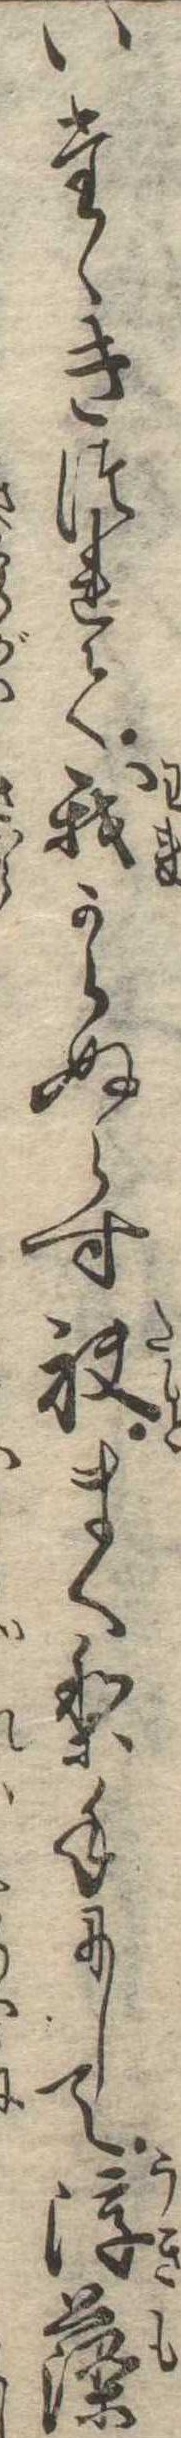
いたゝきつれて我からぬらす袂まくり手にして浮藻